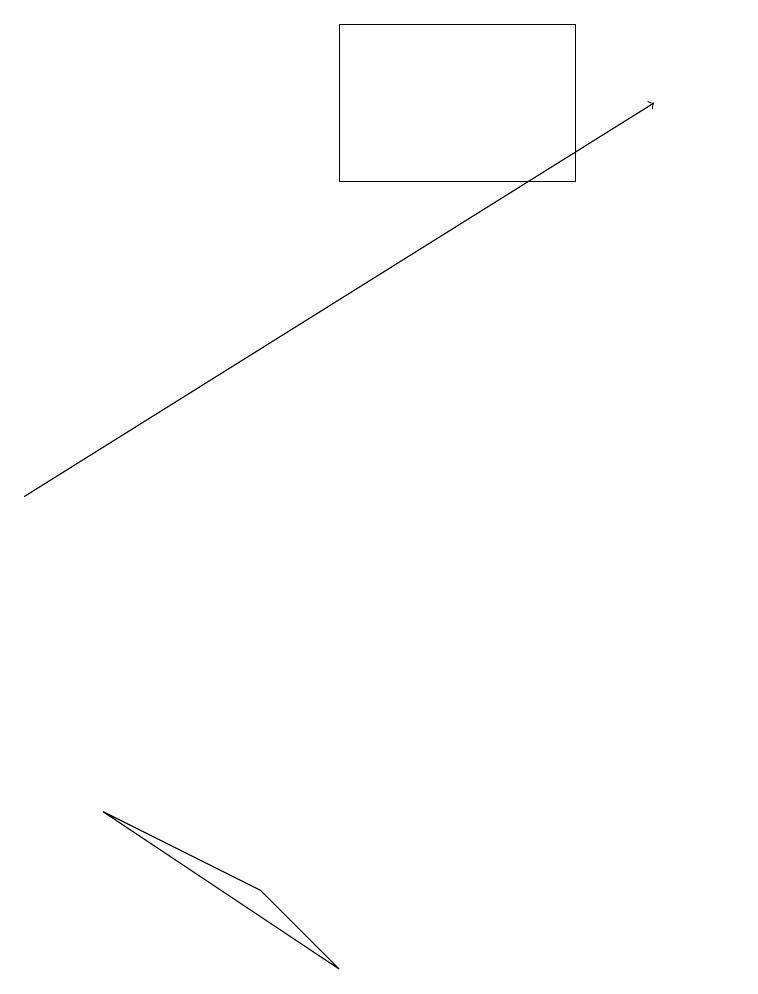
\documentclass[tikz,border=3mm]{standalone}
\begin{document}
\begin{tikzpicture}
\draw (4,7) -- (2,8) -- (5,6) -- cycle;
\draw (5,18) rectangle (8,16);
\draw[->] (1,12) -- (9,17);
\draw (10,12) circle (0);
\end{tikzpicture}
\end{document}